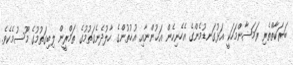
ބަރަކާތްތެރި ރަމަޟާންމަހަކީ އަޅުގަނޑުމެންގެ އެހެނިހެން އަޚުންނާއި އުޚުތުންގެ ހާލުދެނެގަތުމުގެ ތަމްރީން ލިބިގަތުމުގެ މޫސުމެކެވެ.